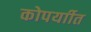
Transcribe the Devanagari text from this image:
कोपर्याीत